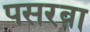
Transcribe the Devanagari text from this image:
पसरवा